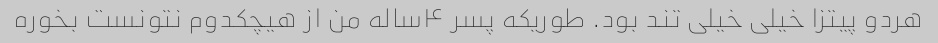
هردو پیتزا خیلی خیلی تند بود. طوریکه پسر ۴ساله من از هیچکدوم نتونست بخوره